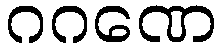
ဂဂဏေ